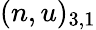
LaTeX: (n,u)_{3,1}